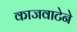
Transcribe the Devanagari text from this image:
काजवाटेने